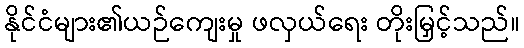
နိုင်ငံများ၏ယဉ်ကျေးမှု ဖလှယ်ရေး တိုးမြှင့်သည်။